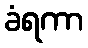
ခံရကာ